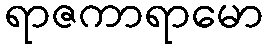
ရာဇကာရာမော